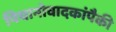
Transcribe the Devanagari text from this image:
पियानोवादकांपैकी